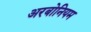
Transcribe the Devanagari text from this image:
अरबोनियम